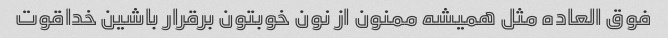
فوق العاده مثل همیشه ممنون از نون خوبتون برقرار باشین خداقوت